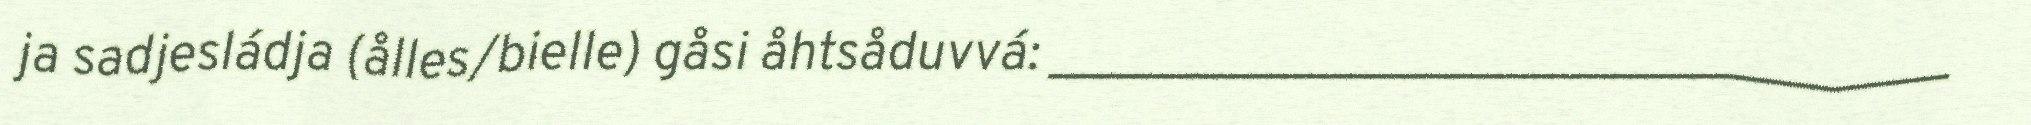
ja sadjesládja (ålles/bielle) gåsi åhtsåduvvá: __________________________________